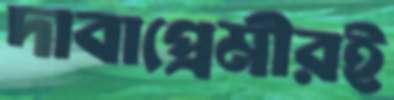
দাবাপ্রেমীরই